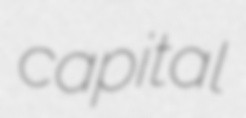
capital